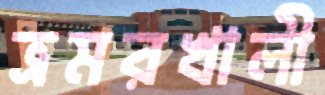
ভ্রমরখালী